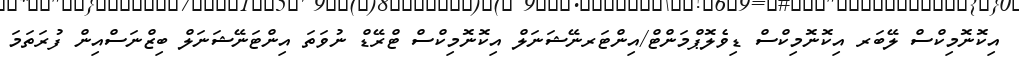
އިކޮނޮމިކްސް ލޭބަރ އިކޮނޮމިކްސް ޑިވެލޮޕްމަންޓް/އިންޓަރނޭޝަނަލް އިކޮނޮމިކްސް ޓްރޭޑް ނުވަތަ އިންޓަނޭޝަނަލް ބިޒްނަސްއިން ފުރަތަމަ